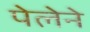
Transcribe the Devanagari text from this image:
पेलेने